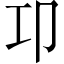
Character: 卭